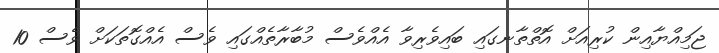
ޖަމިއްޔާއިން ކުރިއަށް އޮތްތާނގައި ބައިވެރިވާ އެއްވެސް މުބާރާތެއްގައި ވެސް އެއްގޮތަކަށް ވެސް 10